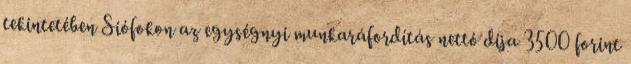
tekintetében Siófokon az egységnyi munkaráfordítás nettó díja 3500 forint